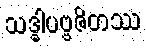
သဒ္ဓါပဗ္ဗဇိတဿ